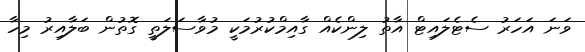
ވަނަ އަހަރު ސެޓެލައިޓް އާތު ލިންކެއް ގާއިމްކުރުމަކީ މުވާސަލަތީ ގޮތުން ބަލާއިރު މިހާ